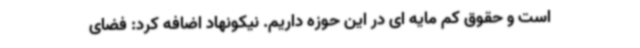
است و حقوق کم مایه ای در این حوزه داریم. نیکونهاد اضافه کرد: فضای